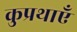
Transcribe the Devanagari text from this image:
कुप्रथाएँ